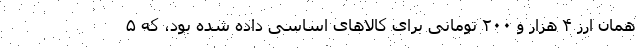
همان ارز ۴ هزار و ۲۰۰ تومانی برای کالاهای اساسی داده شده بود، که ۵